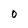
Character: O